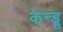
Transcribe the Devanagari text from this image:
केन्ड्रू